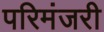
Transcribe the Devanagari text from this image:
परिमंजरी